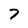
Character: 7